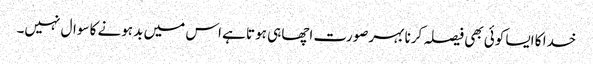
خدا کا ایسا کوئی بھی فیصلہ کرنا بہرصورت اچھا ہی ہوتا ہے اس میں بد ہونے کا سوال نہیں۔